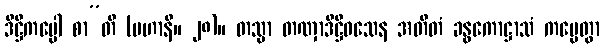
ဒိဋ္ဌိကပ္ပေါ စာ”တိ (မဟာနိ။ ၂၈)။ တသ္မာ တဏှာဒိဋ္ဌိဝသေန အတီတံ ခန္ဓကောဋ္ဌာသံ ကပ္ပေတွာ